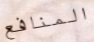
المنافع